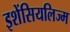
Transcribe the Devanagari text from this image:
इशेंसियलिज्म